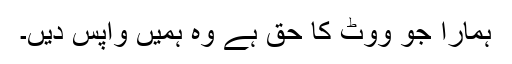
ہمارا جو ووٹ کا حق ہے وہ ہمیں واپس دیں۔